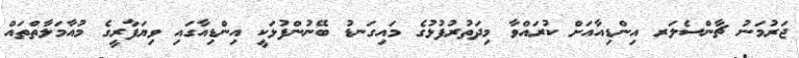
ޖަރުމަނު ޗާންސެލަރ އިންޑިއާއަށް ކުރައްވާ މިދަތުރުފުޅުގެ މައިގަނޑު ބޭނުންފުޅަކީ އިންޑިއާގައި ވިޔަފާރީގެ މުއާމަލާތްތައް